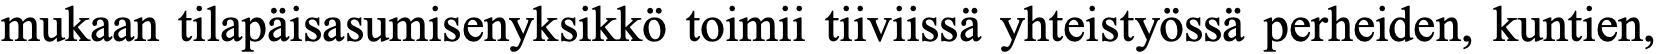
mukaan tilapäisasumisenyksikkö toimii tiiviissä yhteistyössä perheiden, kuntien,